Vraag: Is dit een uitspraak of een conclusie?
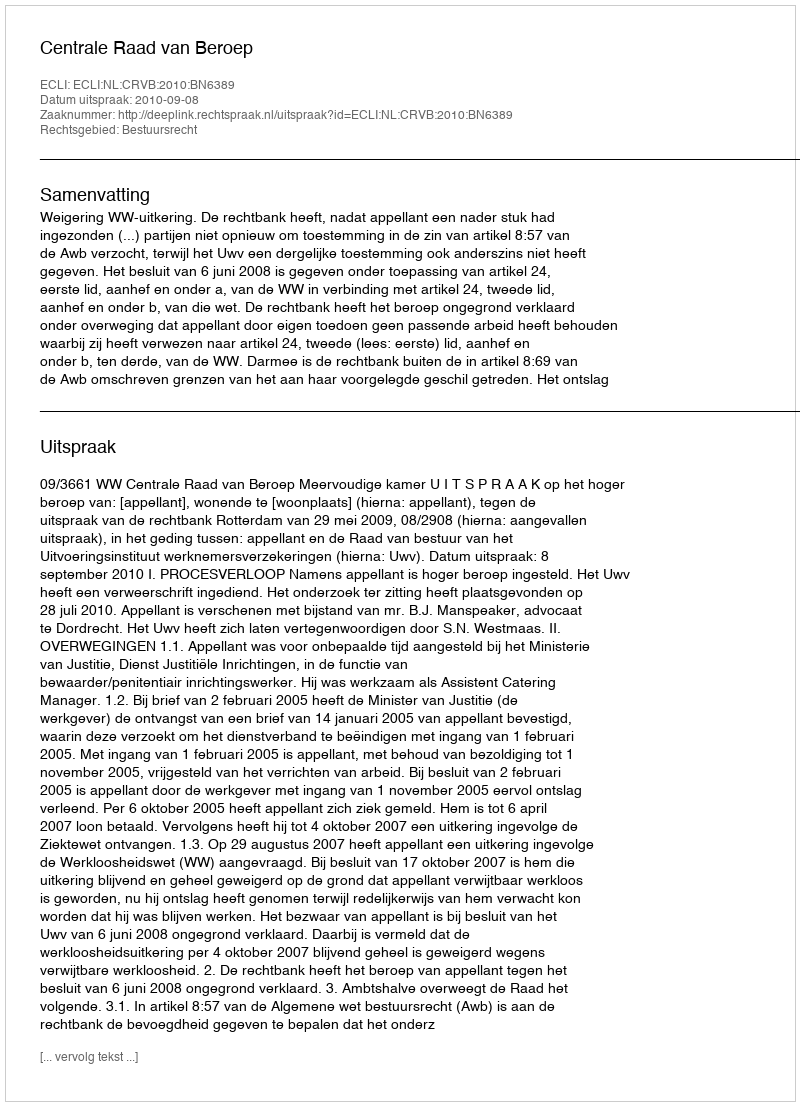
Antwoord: Uitspraak